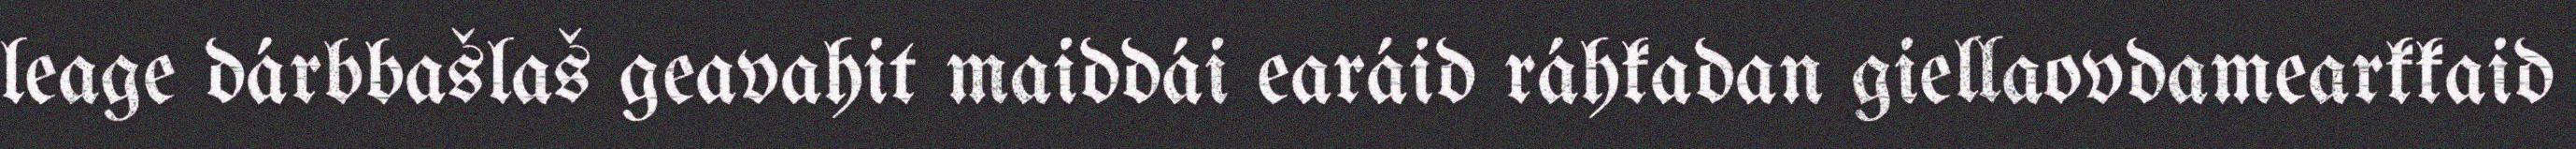
leage dárbbašlaš geavahit maiddái earáid ráhkadan giellaovdamearkkaid